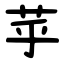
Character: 苸